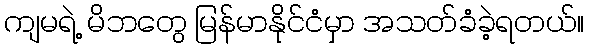
ကျမရဲ့ မိဘတွေ မြန်မာနိုင်ငံမှာ အသတ်ခံခဲ့ရတယ်။